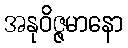
အနုဝိဇ္ဇမာနော